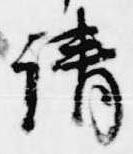
請